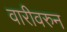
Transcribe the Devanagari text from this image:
वारीवरुन